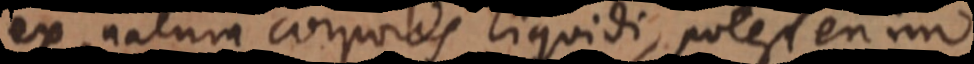
ex natura corporis liquidi, potest enim